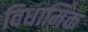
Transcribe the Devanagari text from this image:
विधार्मिक